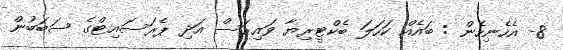
8- އެހެނިހެން : ބައެއް ކަހަލަ ބެކްޓީރިޔާ ވައިރަސް އަދި ޕެރަސައިޓްގެ ސަބަބުން